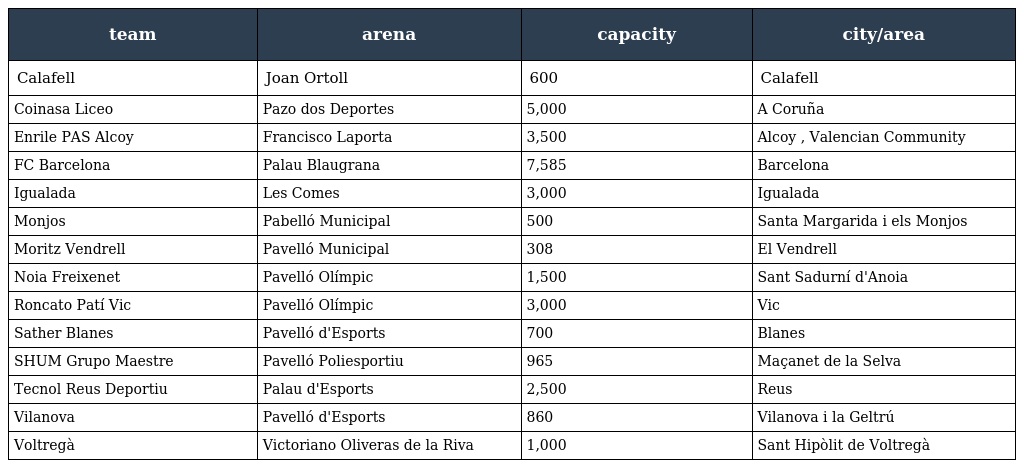
| team | arena | capacity | city/area |
 | --- | --- | --- | --- |
 | Calafell | Joan Ortoll | 600 | Calafell |
 | Coinasa Liceo | Pazo dos Deportes | 5,000 | A Coruña |
 | Enrile PAS Alcoy | Francisco Laporta | 3,500 | Alcoy , Valencian Community |
 | FC Barcelona | Palau Blaugrana | 7,585 | Barcelona |
 | Igualada | Les Comes | 3,000 | Igualada |
 | Monjos | Pabelló Municipal | 500 | Santa Margarida i els Monjos |
 | Moritz Vendrell | Pavelló Municipal | 308 | El Vendrell |
 | Noia Freixenet | Pavelló Olímpic | 1,500 | Sant Sadurní d'Anoia |
 | Roncato Patí Vic | Pavelló Olímpic | 3,000 | Vic |
 | Sather Blanes | Pavelló d'Esports | 700 | Blanes |
 | SHUM Grupo Maestre | Pavelló Poliesportiu | 965 | Maçanet de la Selva |
 | Tecnol Reus Deportiu | Palau d'Esports | 2,500 | Reus |
 | Vilanova | Pavelló d'Esports | 860 | Vilanova i la Geltrú |
 | Voltregà | Victoriano Oliveras de la Riva | 1,000 | Sant Hipòlit de Voltregà |